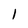
Character: 1